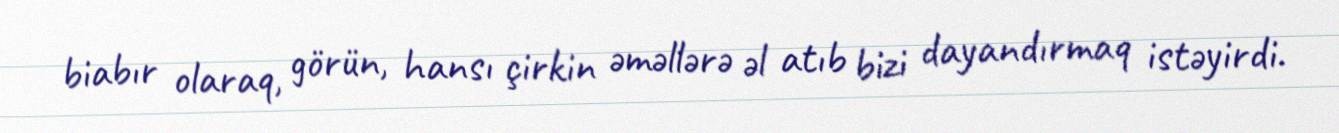
biabır olaraq, görün, hansı çirkin əməllərə əl atıb bizi dayandırmaq istəyirdi.